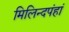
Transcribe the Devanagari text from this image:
मिलिन्दपंहां